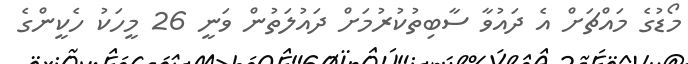
މޯޑުގެ މައްޗަށް އެ ދައުވާ ސާބިތުކުރުމަށް ދައުލަތުން ވަނީ 26 މީހަކު ހެކީންގެ